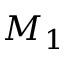
M _ { 1 }